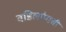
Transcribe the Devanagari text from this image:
वडिलांपाशी